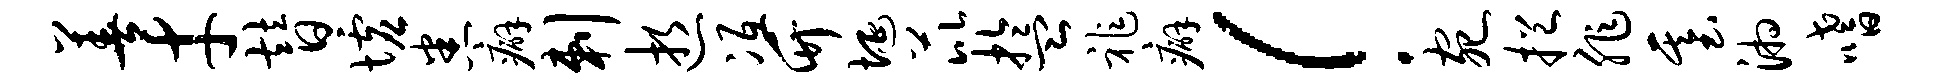
善才替墟悉癖剌逝冱竹埏芘盂祚癖！宛挹非基湘嗜